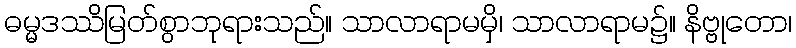
ဓမ္မဒဿိမြတ်စွာဘုရားသည်။ သာလာရာမမှိ၊ သာလာရာမ၌။ နိဗ္ဗုတော၊